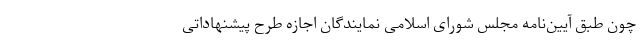
چون طبق آیین‌نامه مجلس شورای اسلامی نمایندگان اجازه طرح پیشنهاداتی